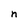
Character: n